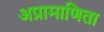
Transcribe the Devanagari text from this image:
अप्रामाणिता